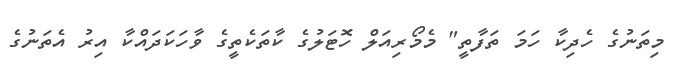
މިތަނުގެ ހެދިކާ ހަމަ ތަފާތީ" މެމޯރިއަލް ހޮޓަލުގެ ކާތަކެތީގެ ވާހަކަދައްކާ އިރު އެތަނުގެ